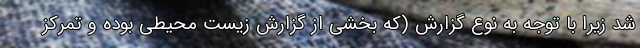
شد زيرا با توجه به نوع گزارش (که بخشی از گزارش زیست محیطی بوده و تمرکز